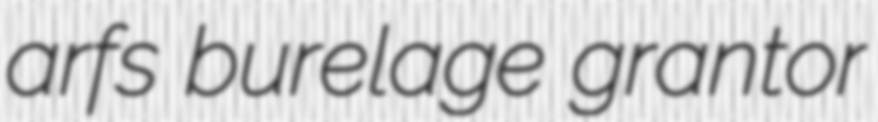
arfs burelage grantor